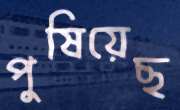
পুষিয়েছ